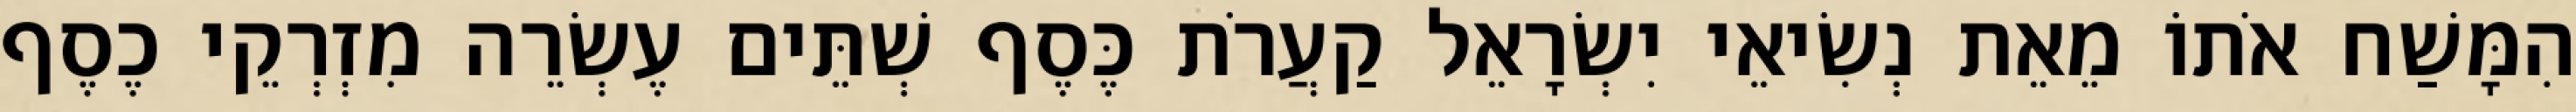
הִמָּשַׁח אֹתוֹ מֵאֵת נְשִׂיאֵי יִשְׂרָאֵל קַעֲרֹת כֶּסֶף שְׁתֵּים עֶשְׂרֵה מִזְרְקֵי כֶסֶף